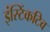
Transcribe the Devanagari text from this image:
इंस्टिंकटिव